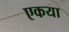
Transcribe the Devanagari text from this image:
एकया